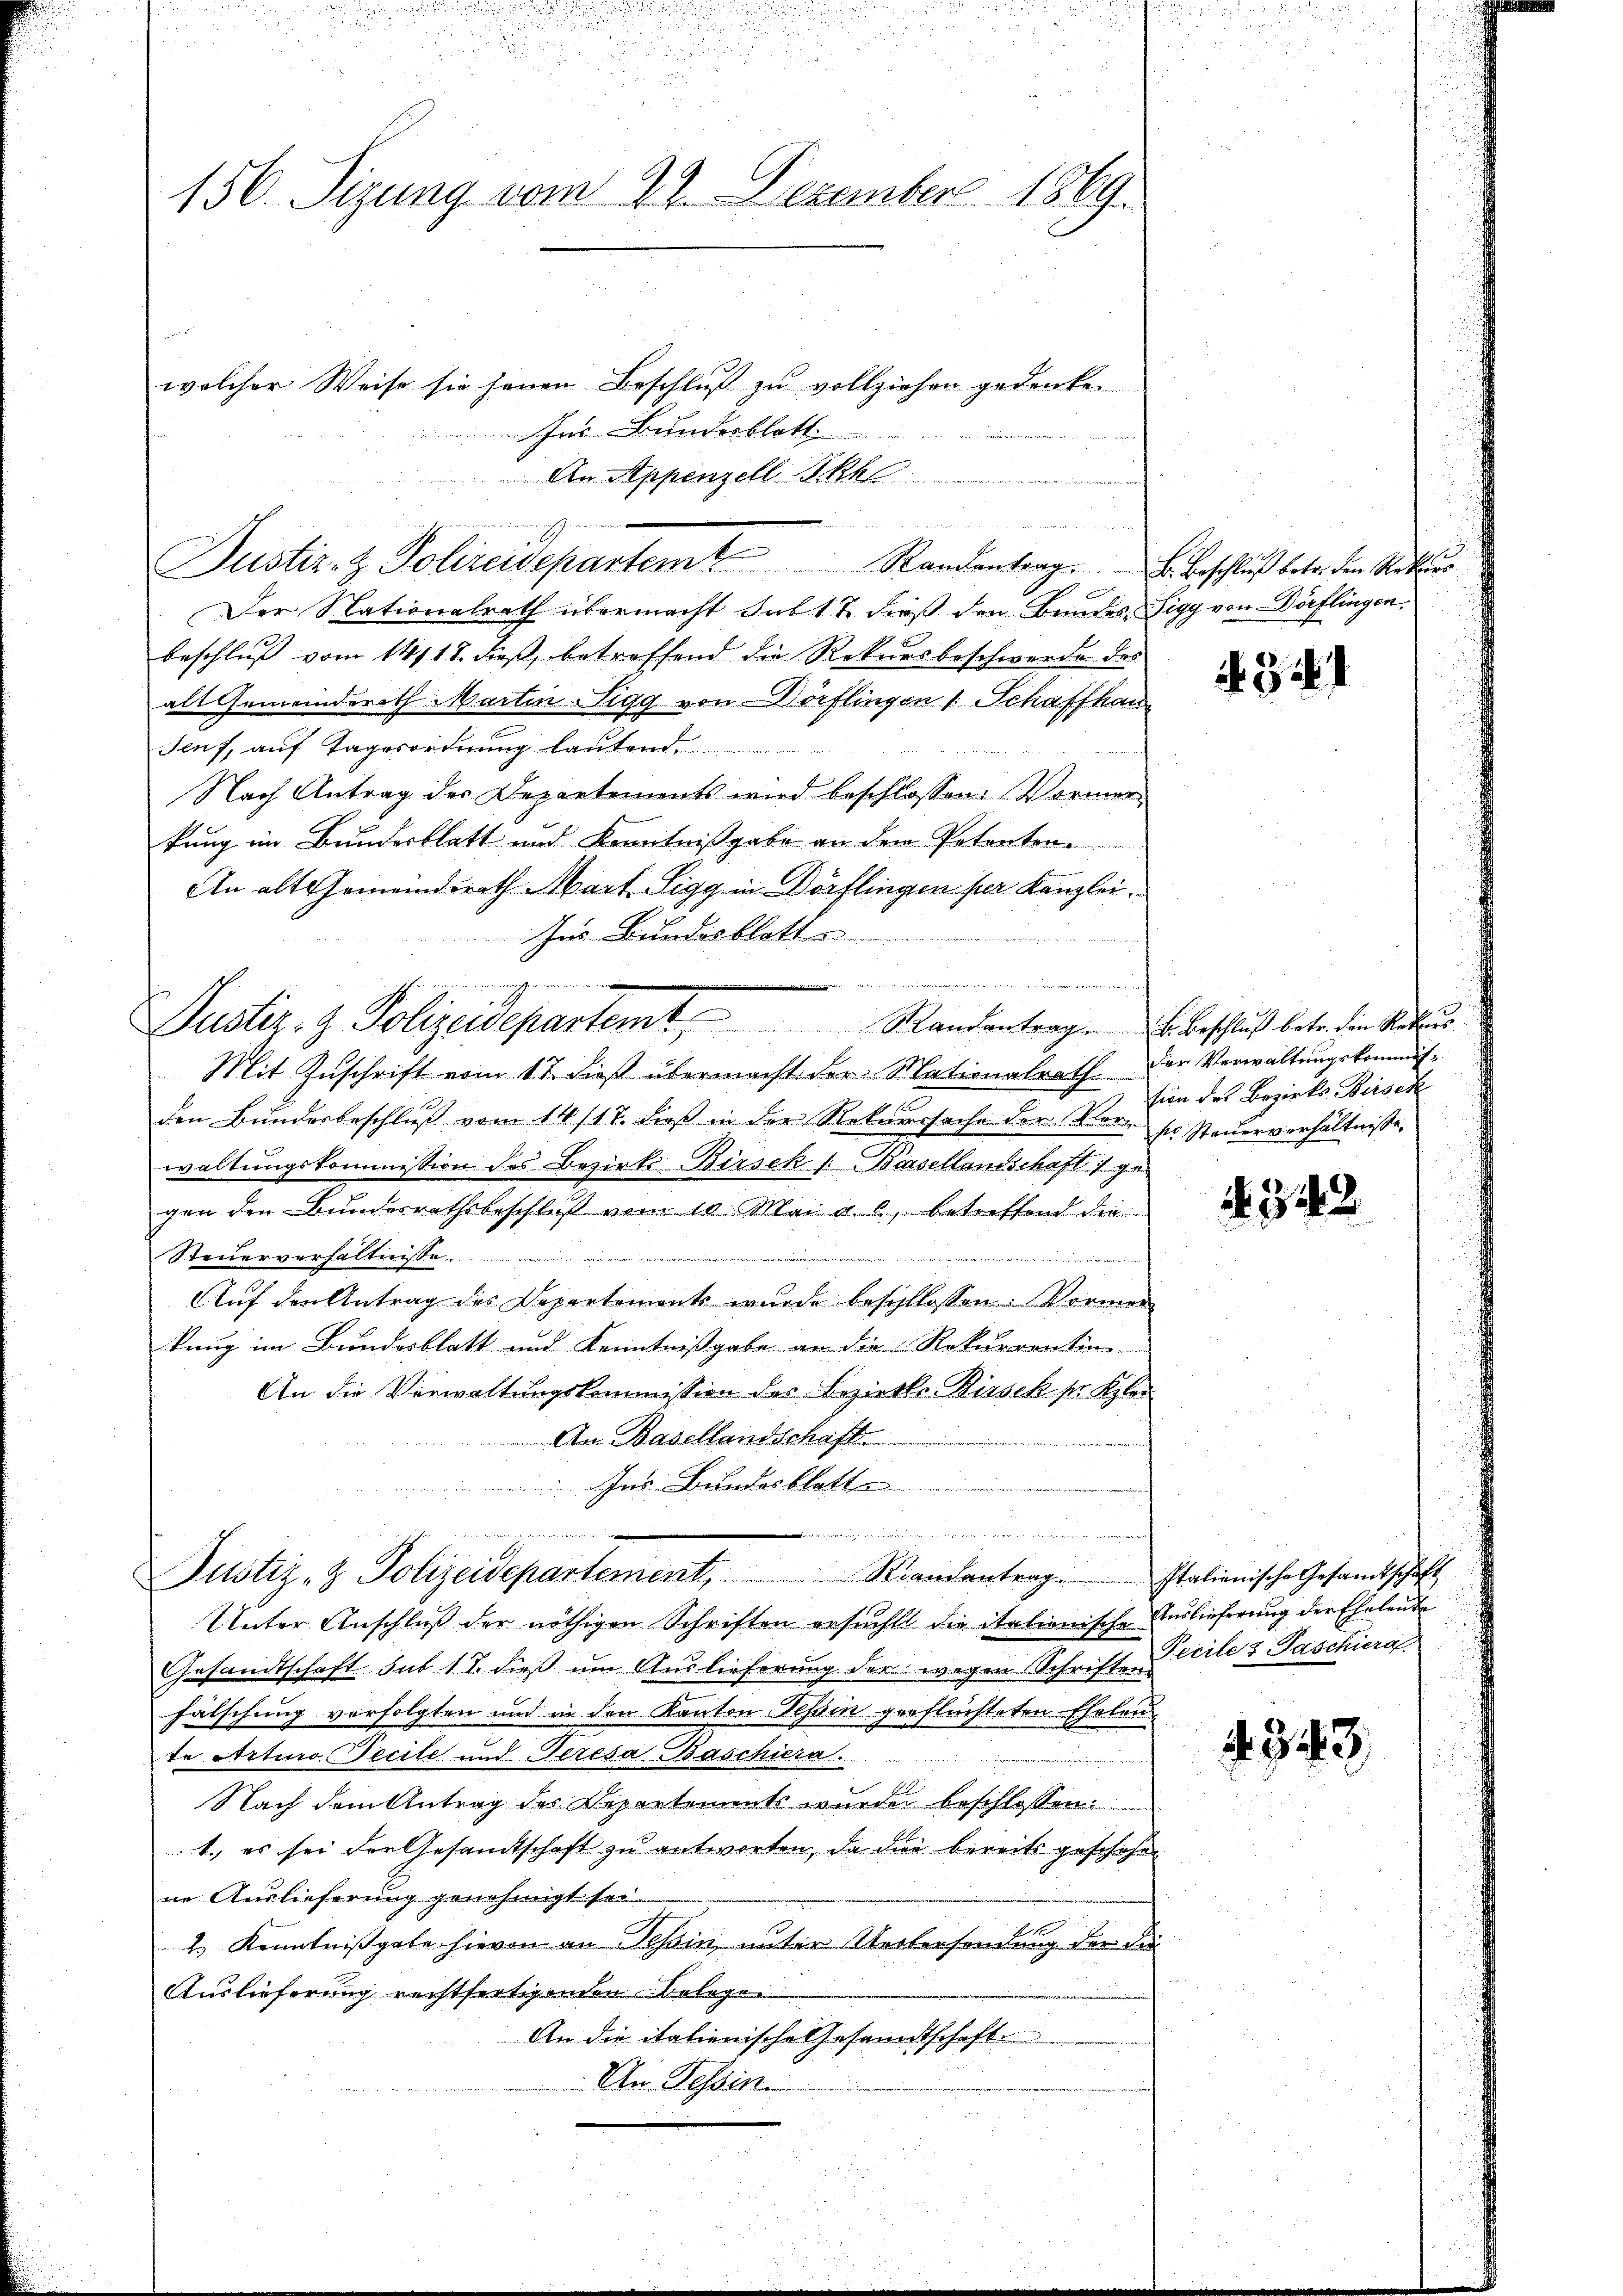
156. Sizung vom 29. Dezember 1869.

n
Justiz- & Polizeidepartem Randantrag . . Beschluß betr. den Stattun

welcher Weise sie jenen Beschluß zu vollziehen gedenken
Ins Bundesblatt
An Appenzell Stel

e
Der Nationalrath übermacht sub. 17. dieß den Bundes Sigg von Dörflingen.
beschluß vom 14/18. dieß, betreffend die Rekursbeschwerde des
alt Gemeinderath Martin Sigg von Dörflingen 1 Schaffhau
Senf, auf Tagesordnung lautend.
Nach Antrag der Departements wird beschlossen: Vormerkung im Bundesblatt und Kenntnißgabe an den Petenten
An alt Gemeinderath Mart. Sigg in Dörflingen per Kanzleiher Bundesblatt
Mit Zuschrift vom 17. dieß übermacht der Mationalrath. Der Verwaltungskommisden Bundesbeschluß vom 14. 117. dieß in der Rekurssache der Ver- ses Steuerverhältnisse,
waltungskommission des Bezirks Birsek /: Basellandschaft :/ gegen den Bunderrathsbeschluß vom 10. Mai a. c. betreffend die
Steuerverhältnisse
erheit in der
Auf den Antrag des Departement wurde beschlossen: Vormerkung im Bundesblatt und Kenntnißgabe an die Rekurrentin
An die Verwaltungskommission des Bezirks Birsek sr Kolon
An Basellandschäft
Ins Bundesblatte
  in der die sich in den
Justiz- & Polizeidepartement, Randantrag. Italienische Gesandtschaft
Unter Anschluß der nöthigen Schriften ersucht die italienische Auslieferung der Eheleute
Gesandtschaft sub 17. dieß um Auslieferung der wegen Schrift Zeile & Paschiera
fälschung verfolgten und in den Kanton Tessin geflüchteten Eheleute Arturo Pecile und Peresa Baschiera
Nach dem Antrag des Departements wurde beschlossen:
1. es sei der Gesandtschaft zu antworten, da die bereits geschehen
ne Auslieferung genehmigt sei.
1.) Kenntnißgabe hievon an Tessin, unter Untersendung der die
Auslieferung rechtfertigenden Belegen
An die italienische Gesandtschaft
An Tessin.

Justiz- & Polizeidepartem Randantrage beschluß betr. den Natur

434

sion des Bezirks Birsek

342

343